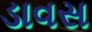
ડાવસ